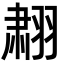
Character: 𬚄